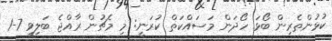
ކުޅުންތެރިން ބޯޅަ ހޯދަން މަސައްކަތް ކުރަނީ: މި މެޗުން ރާއްޖެ ބަލިވީ 7-1